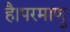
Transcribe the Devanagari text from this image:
है।परमाणु